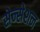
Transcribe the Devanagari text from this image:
सेन्सेशन